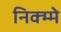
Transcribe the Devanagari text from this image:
निक्म्मे